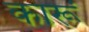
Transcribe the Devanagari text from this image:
कारूं